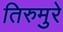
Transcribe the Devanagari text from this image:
तिरुमुरे